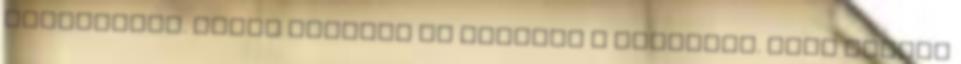
kapcsolják. Pedig férfiak is árulják a testüket. „Nem kérünk